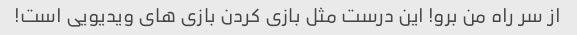
از سر راه من برو! این درست مثل بازی کردن بازی های ویدیویی است!